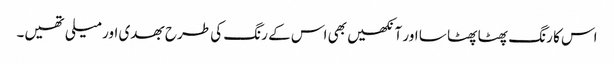
اس کا رنگ پھٹا پھٹا سا اور آنکھیں بھی اس کے رنگ کی طرح بھدی اور میلی تھیں۔